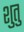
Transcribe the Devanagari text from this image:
शुतु